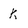
Character: K